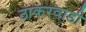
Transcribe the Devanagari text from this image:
ठाकरवाडी